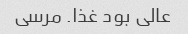
عالی بود غذا. مرسی